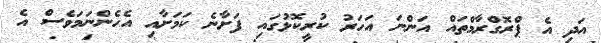
އަދި އެ ޕްރޮގްރާމްތައް އަންނަ އަހަރު ކުރީކޮޅުގައި ފަށާނެ ކަމަށާއި އެހެންނަމަވެސް އެ